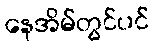
နေအိမ်တွင်ပင်